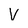
Character: V